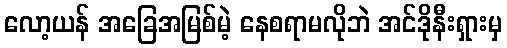
လော့ယန် အခြေအမြစ်မဲ့ နေစရာမလိုဘဲ အင်ဒိုနီးရှားမှ